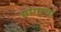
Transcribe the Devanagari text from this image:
भोगाया